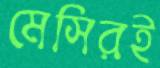
মেসিরই